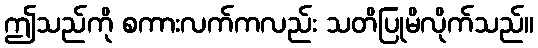
ဤသည်ကို စကားလက်ကလည်း သတိပြုမိလိုက်သည်။